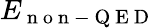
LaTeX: E_{\mathrm{~n~o~n~-~Q~E~D~}}